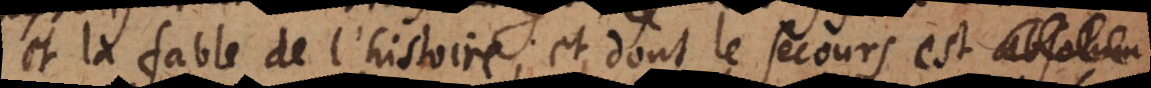
et la fable de l’histoire; et dont le secours est absolum